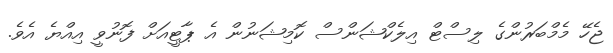
ޖެހޭ މެމްބަރުންގެ ލިސްޓް އިލެކްޝަންސް ކޮމިޝަނުން އެ ޕާޓީއަށް ފޮނުވީ އިއްޔެ އެވެ.